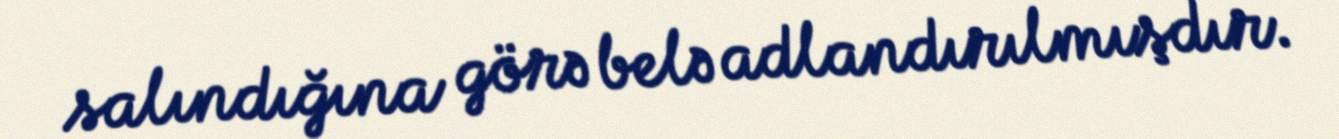
salındığına görə belə adlandırılmışdır.